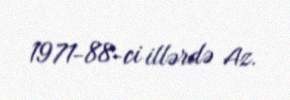
1971-88-ci illərdə Az.